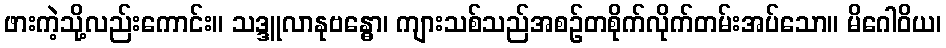
ဖားကဲ့သို့လည်းကောင်း။ သဒ္ဒူလာနုဗန္ဓော၊ ကျားသစ်သည်အစဉ်တစိုက်လိုက်တမ်းအပ်သော။ မိဂေါဝိယ၊